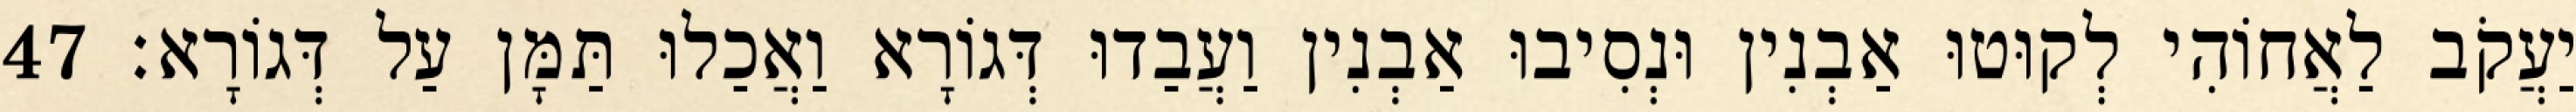
יַעֲקֹב לַאֲחוֹהִי לְקוּטוּ אַבְנִין וּנְסִיבוּ אַבְנִין וַעֲבַדוּ דְּגוֹרָא וַאֲכַלוּ תַּמָּן עַל דְּגוֹרָא׃ 47